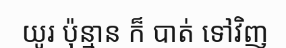
យូរ ប៉ុន្មាន ក៏ បាត់ ទៅវិញ